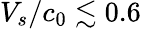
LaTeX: V_{s}/c_{0}\lesssim 0.6